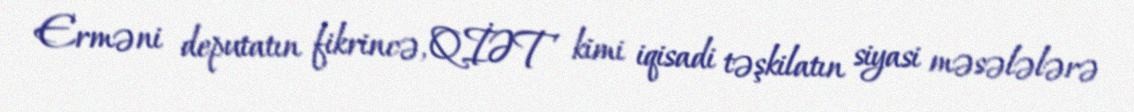
Erməni deputatın fikrincə, QİƏT kimi iqisadi təşkilatın siyasi məsələlərə